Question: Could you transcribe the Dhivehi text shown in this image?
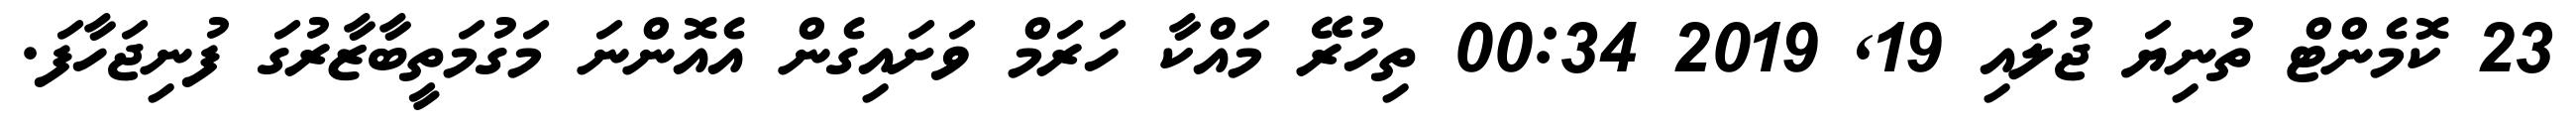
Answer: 23 ކޮމެންޓް ތުނިޔަ ޖުލައި 19, 2019 00:34 ތިހުރޭ މައްކާ ހަރަމް ވަށައިގެން އެއޮންނަ މަގުމަތީބާޒާރުގަ ފުނިޖަހާފަ.